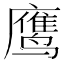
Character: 鹰